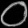
Digit: ၀